Leaving Certificate, 1901
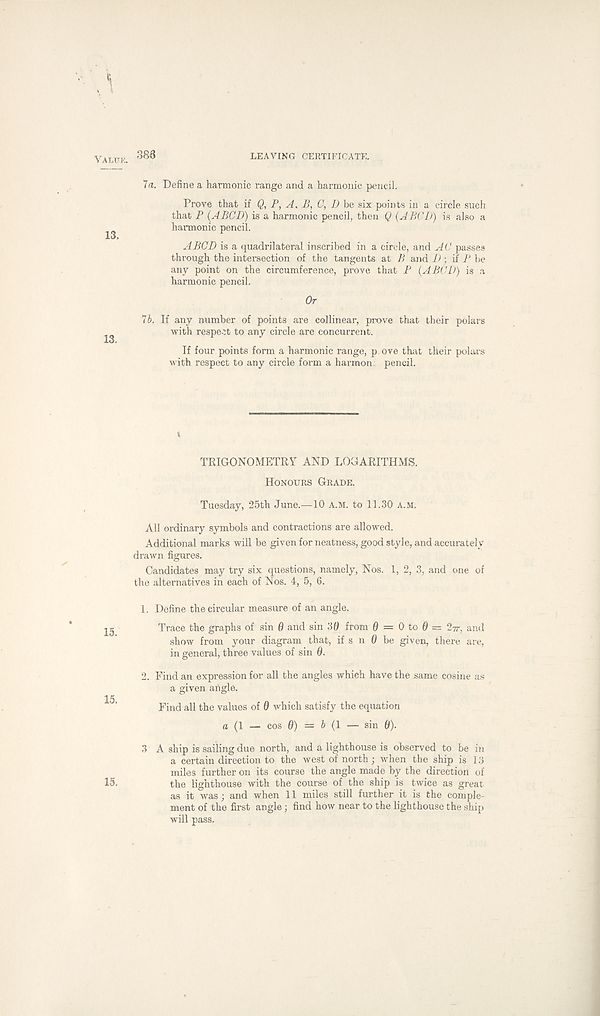
386
LEAVING CERTIFICATE.
Value
13.
13.
15.
15.
15.
' la. Define a harmonic range and a harmonic pencil.
Prove that if Q, P, A. B, C, D be six points in a circle such
that P (ABCD) is a harmonic pencil, then Q {ABCD) is also a
harmonic pencil.
ABCD is a quadrilateral inscribed in a circle, and AC passes
through the intersection of the tangents at B and D; if P be
any point on the circumference, prove that P {ABCD) is a
harmonic pencil.
Or
7b. If any number of points are collinear, prove that their polars
with respect to any circle are concurrent.
If four points form a harmonic range, p ove that their polars
with respect to any circle form a harmon: pencil.
TRIGONOMETRY AND LOGARITHMS.
Honours Grade.
Tuesday, 25th June.—10 a.m. to 11.30 a.m.
All ordinary symbols and contractions are allowed.
Additional marks will be given for neatness, good style, and accurately
drawn figures.
Candidates may try six questions, namely, Nos. 1, 2, 3, and one of
the alternatives in each of Nos. 4, 5, 6.
1. Define the circular measure of an angle.
Trace the graphs of sin 6 and sin 36 from 0 = 0 to 0 = 27r, and
show from your diagram that, if s n 0 be given, there are,
in general, three values of sin 0.
2. Find an expression for all the angles which have the same cosine as
a given angle.
Find all the values of 0 which satisfy the equation
a (1 — cos 0) = 6 (1 — sin 0).
3 A ship is sailing due north, and a lighthouse is observed to be in
a certain direction to the west of north ; when the ship is 13
miles further on its course the angle made by the direction of
the lighthouse with the course of the ship is twice as great
as it was; and when 11 miles still further it is the comple-
ment of the first angle; find how near to the lighthouse the ship
will pass.